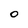
Character: O